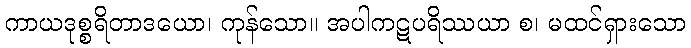
ကာယဒုစ္စရိတာဒယော၊ ကုန်သော။ အပါကဋပရိဿယာ စ၊ မထင်ရှားသော